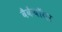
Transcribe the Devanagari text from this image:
बैकेंबॉयर